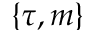
\{ \tau , m \}